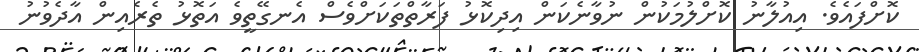
ކޮށްފައެވެ. އިއުލާނު ކޮށްލުމަކުން ނުވާނެކަން އިދިކޮޅު ފަރާތްތަކަށްވެސް އެނގޭތީވެ އަތޮޅު ތެރެއިން އާދެވުނު